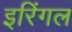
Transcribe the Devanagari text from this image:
इरिंगल